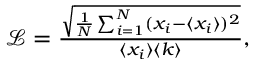
\begin{array} { r } { \mathcal { L } = \frac { \sqrt { \frac { 1 } { N } \sum _ { i = 1 } ^ { N } ( x _ { i } - \langle x _ { i } \rangle ) ^ { 2 } } } { \langle x _ { i } \rangle \langle k \rangle } , } \end{array}